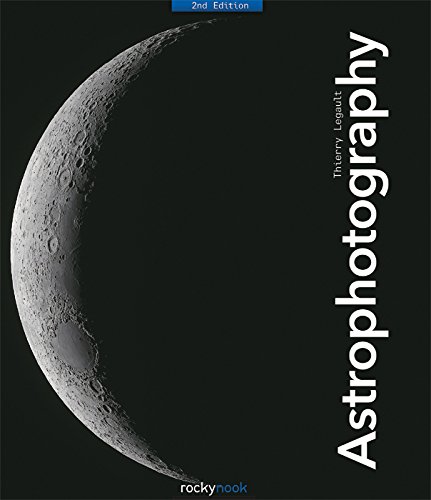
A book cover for Astrophotography; Thierry Legault; Arts & Photography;